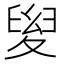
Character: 𡕯